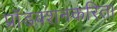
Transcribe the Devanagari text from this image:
प्रॉडक्शनकरिता